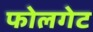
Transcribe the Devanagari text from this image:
फोलगेट